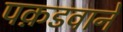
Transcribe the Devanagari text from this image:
पक़डवाने